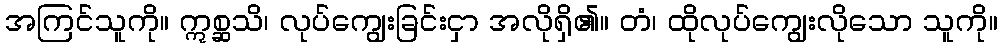
အကြင်သူကို။ ဣစ္ဆသိ၊ လုပ်ကျွေးခြင်းငှာ အလိုရှိ၏။ တံ၊ ထိုလုပ်ကျွေးလိုသော သူကို။